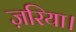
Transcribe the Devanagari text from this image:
ज़रिया।